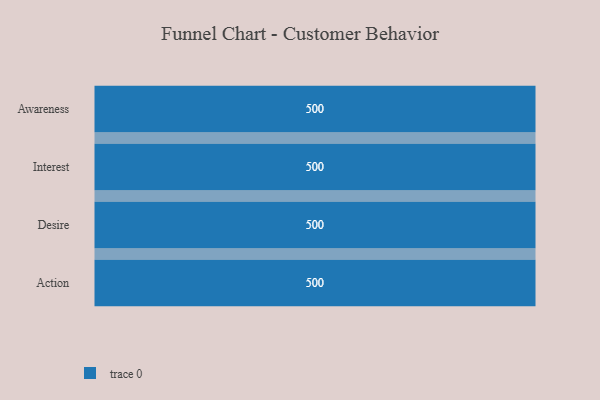
{"axis": {"x": "Stage", "y": "Value"}, "legend": [""], "data": [{"x": "Awareness", "y": 500, "type": ""}, {"x": "Interest", "y": 500, "type": ""}, {"x": "Desire", "y": 500, "type": ""}, {"x": "Action", "y": 500, "type": ""}]}